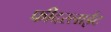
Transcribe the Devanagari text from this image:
फीदरलाईट